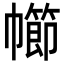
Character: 幯